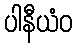
ပါနီယံဝ